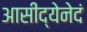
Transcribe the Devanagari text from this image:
आसीद्येनेदं